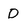
Character: D